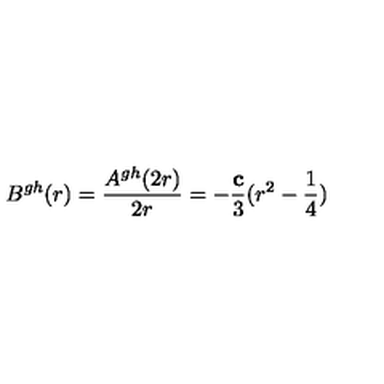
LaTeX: B ^ { g h } ( r ) = \frac { A ^ { g h } ( 2 r ) } { 2 r } = - \frac { \bf c } { 3 } ( r ^ { 2 } - \frac { 1 } { 4 } )